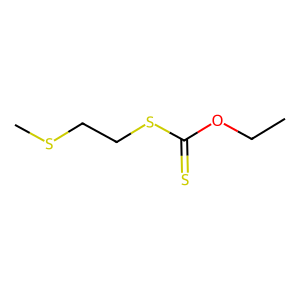
SMILES: CCOC(=S)SCCSC
Inhibits HIV replication: No